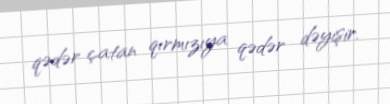
qədər çatan qırmızıya qədər dəyişir.